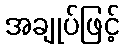
အချုပ်ဖြင့်